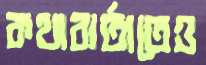
কথাবার্তাতেও